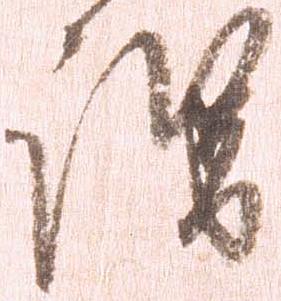
謂